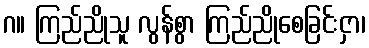
ဂ။ ကြည်ညိုသူ လွန်စွာ ကြည်ညိုစေခြင်းငှာ၊